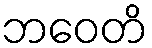
ဘဝေတိ